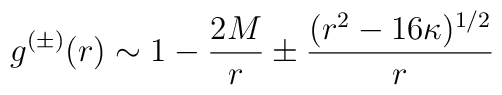
g^{(\pm)} (r)  \sim 1-{2M \over r} \pm {(r^{2}-16 \kappa)^{1/2} \over r}